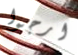
ارجوا